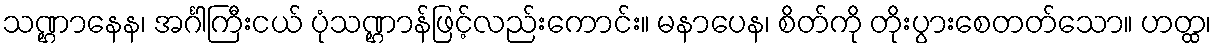
သဏ္ဌာနေန၊ အင်္ဂါကြီးငယ် ပုံသဏ္ဌာန်ဖြင့်လည်းကောင်း။ မနာပေန၊ စိတ်ကို တိုးပွားစေတတ်သော။ ဟတ္ထ၊